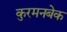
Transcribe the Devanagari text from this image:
कुरमनबेक